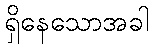
ရှိနေသောအခါ